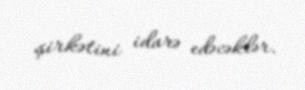
şirkətini idarə edəcəklər.